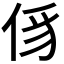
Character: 𠉠